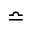
\bumpeq